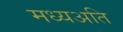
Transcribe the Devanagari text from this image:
मध्यअति